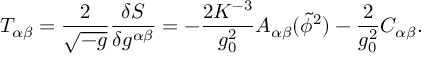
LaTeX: T _ { \alpha \beta } = \frac { 2 } { { \sqrt { - g } } } \frac { { \delta S } } { { \delta g ^ { \alpha \beta } } } = - \frac { 2 K ^ { - 3 } } { { g _ { 0 } ^ { 2 } } } A _ { \alpha \beta } ( \widetilde \phi ^ { 2 } ) - \frac { 2 } { g _ { 0 } ^ { 2 } } C _ { \alpha \beta } .